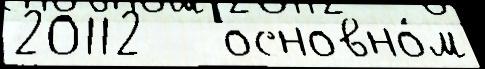
20112   основно́м